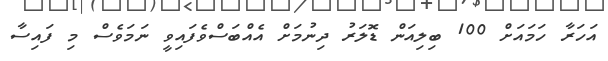
އަހަރާ ހަމައަށް 100 ބިލިއަން ޑޮލަރު ދިނުމަށް އެއްބަސްވެފައިވީ ނަމަވެސް މި ފައިސާ